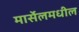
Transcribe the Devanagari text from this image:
मार्सेलमधील